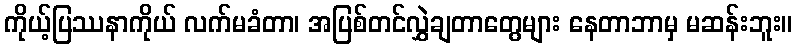
ကိုယ့်ပြဿနာကိုယ် လက်မခံတာ၊ အပြစ်တင်လွှဲချတာတွေများ နေတာဘာမှ မဆန်းဘူး။